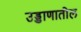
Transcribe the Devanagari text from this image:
उड्डाणातील